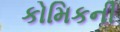
કોમિકની